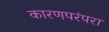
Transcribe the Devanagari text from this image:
कारणपरंपरा